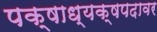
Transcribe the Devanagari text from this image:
पक्षाध्यक्षपदावर